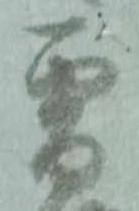
雪